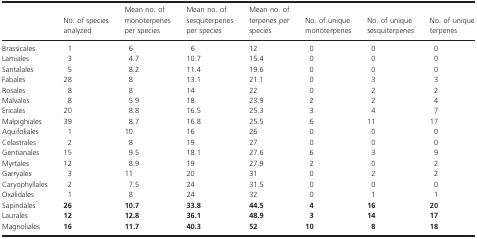
|  | No. of species analyzed | Mean no. of monoterpenes per species | Mean no. of sesquiterpenes per species | Mean no. of terpenes per species | No. of unique monoterpenes | No. of unique sesquiterpenes | No. of unique terpenes |
 | --- | --- | --- | --- | --- | --- | --- | --- |
 | Brassicales | 1 | 6 | 6 | 12 | 0 | 0 | 0 |
 | Lamiales | 3 | 4.7 | 10.7 | 15.4 | 0 | 0 | 0 |
 | Santalales | 5 | 8.2 | 11.4 | 19.6 | 0 | 0 | 0 |
 | Fabales | 28 | 8 | 13.1 | 21.1 | 0 | 3 | 3 |
 | Rosales | 8 | 8 | 14 | 22 | 0 | 2 | 2 |
 | Malvales | 8 | 5.9 | 18 | 23.9 | 2 | 2 | 4 |
 | Ericales | 20 | 8.8 | 16.5 | 25.3 | 3 | 4 | 7 |
 | Malpighiales | 39 | 8.7 | 16.8 | 25.5 | 6 | 11 | 17 |
 | Aquifoliales | 1 | 10 | 16 | 26 | 0 | 0 | 0 |
 | Celastrales | 2 | 8 | 19 | 27 | 0 | 0 | 0 |
 | Gentianales | 15 | 9.5 | 18.1 | 27.6 | 6 | 3 | 9 |
 | Myrtales | 12 | 8.9 | 19 | 27.9 | 2 | 0 | 2 |
 | Garryales | 3 | 11 | 20 | 31 | 0 | 2 | 2 |
 | Caryophyllales | 2 | 7.5 | 24 | 31.5 | 0 | 0 | 0 |
 | Oxalidales | 1 | 8 | 24 | 32 | 0 | 1 | 1 |
 | Sapindales | 26 | 10.7 | 33.8 | 44.5 | 4 | 16 | 20 |
 | Laurales | 12 | 12.8 | 36.1 | 48.9 | 3 | 14 | 17 |
 | Magnoliales | 16 | 11.7 | 40.3 | 52 | 10 | 8 | 18 |